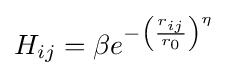
{\textstyle H_{ij}=\beta e^{-\left({r_{ij} \over r_{0}}\right)^{\eta }}}